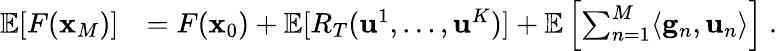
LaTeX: \begin{array}{rl}{\mathop{\mathbb{E}}[F({\mathbf x}_{M})]}&{=F({\mathbf x}_{0})+\mathop{\mathbb{E}}[R_{T}(\mathbf{u}^{1},\dots,\mathbf{u}^{K})]+\mathop{\mathbb{E}}\left[\sum_{n=1}^{M}\langle\mathbf{g}_{n},\mathbf{u}_{n}\rangle\right]~.}\end{array}